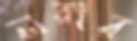
লরার